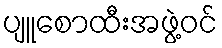
ပျူစောထီးအဖွဲ့ဝင်